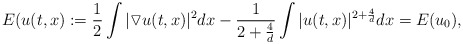
\begin{align*}E(u(t,x):=\frac{1}{2}\int |\triangledown u(t,x)|^{2}dx-\frac{1}{2+\frac{4}{d}}\int|u(t,x)|^{2+\frac{4}{d}}dx=E(u_{0}),\end{align*}